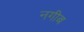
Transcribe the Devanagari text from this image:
नगीब